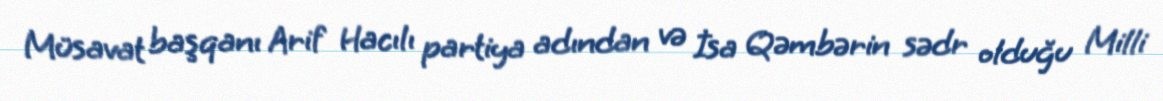
Müsavat başqanı Arif Hacılı partiya adından və İsa Qəmbərin sədr olduğu Milli